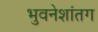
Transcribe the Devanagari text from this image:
भुवनेशांतग